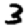
Digit: 3